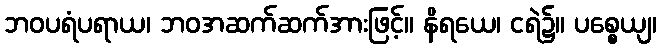
ဘဝပရံပရာယ၊ ဘဝအဆက်ဆက်အားဖြင့်။ နိရယေ၊ ငရဲ၌။ ပစ္စေယျ၊